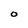
Character: O